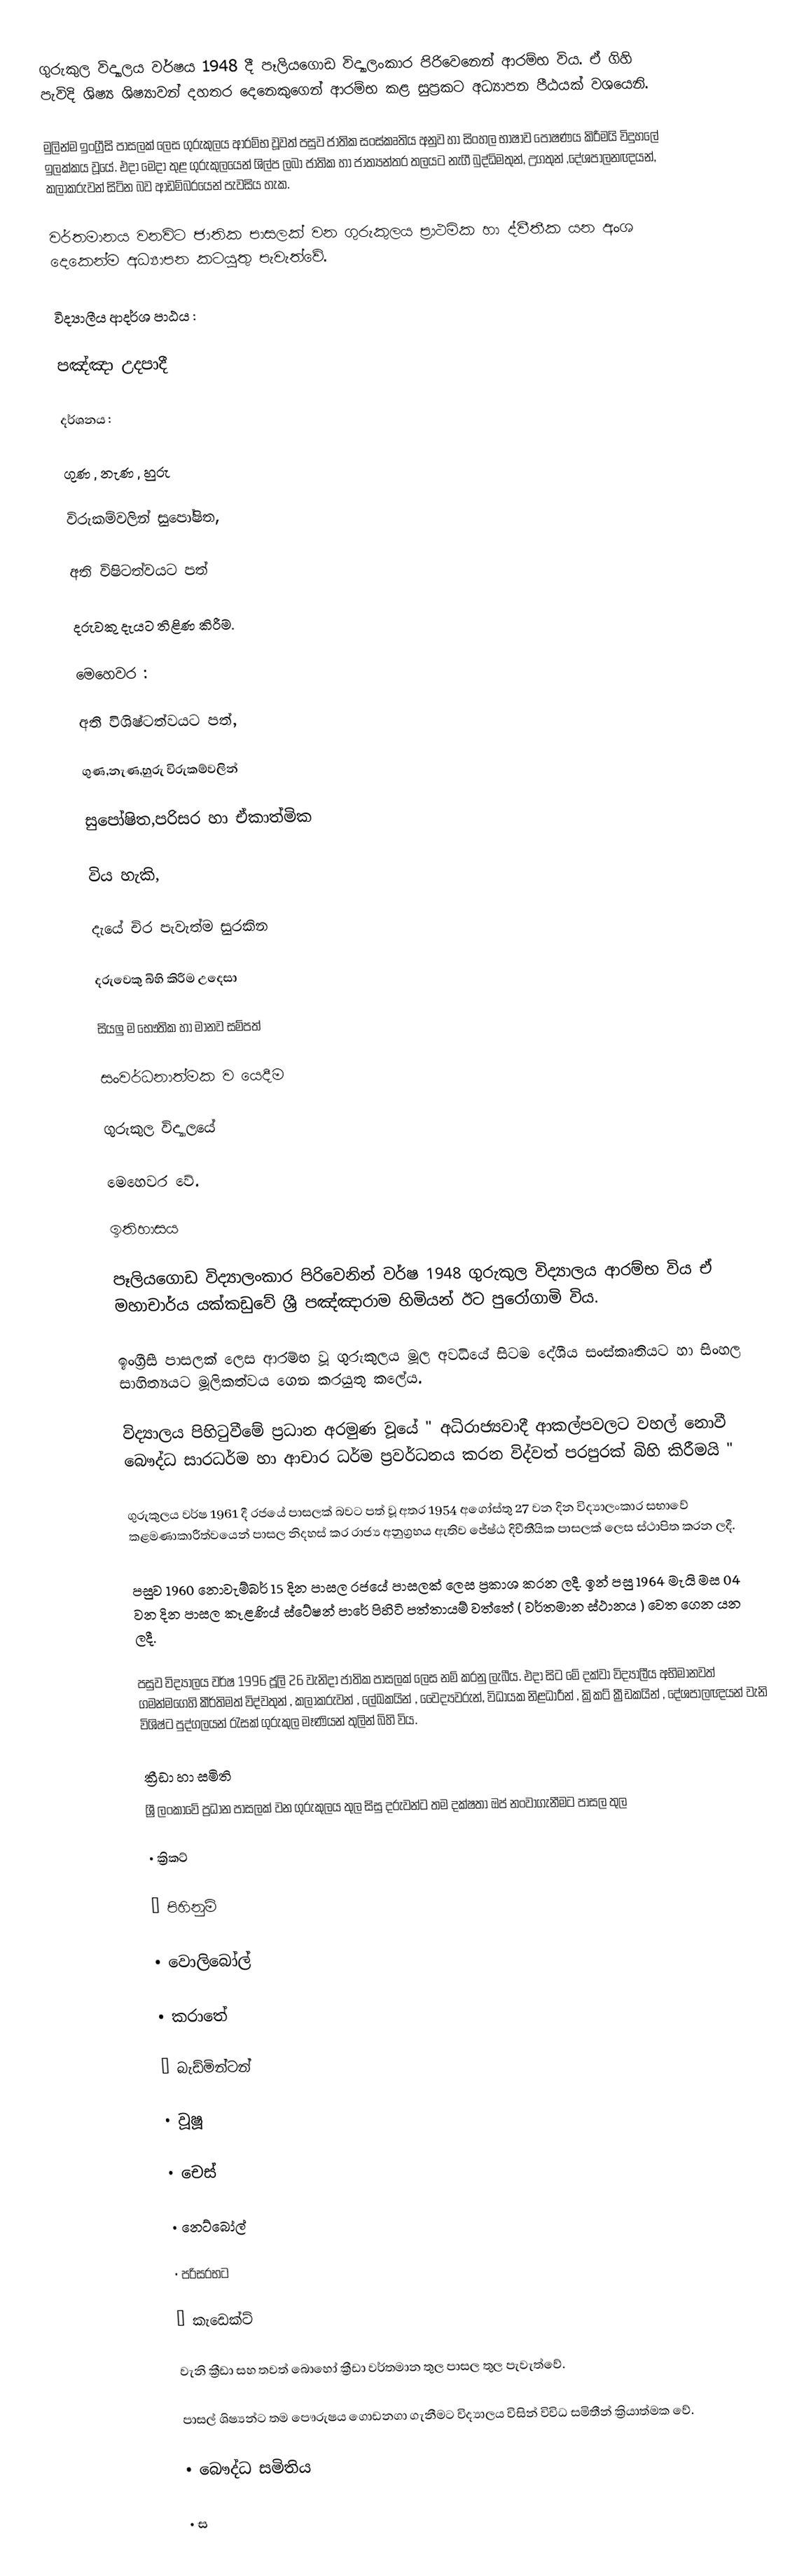
ගුරුකුල විද්‍යාලය වර්ෂය  1948 දී පෑලියගොඩ විද්‍යාලංකාර පිරිවෙනෙන් ආරම්භ විය. ඒ ගිහි පැවිදි ශිෂ්‍ය ශිෂ්‍යාවන් දහතර දෙනෙකුගෙන් ආරම්භ  කළ සුප්‍රකට අධ්‍යාපන පීඨයක් වශයෙනි.

මුලින්ම ඉංග්‍රීසි පාසලක් ලෙස ගුරුකුලය ආරම්භ වූවත් පසුව ජාතික සංස්කෘතිය අනුව හා සිංහල භාෂාව පෝෂණය කිරීමයි විදුහලේ ඉලක්කය වූයේ. එදා මෙදා තුළ ගුරුකුලයෙන් ශිල්ප ලබා ජාතික හා ජාත්‍යන්තර  තලයට නැගී බුද්ධිමතුන්, උගතුන් ,දේශපාලනඥයන්, කලාකරුවන් සිටින බව ආඩම්බරයෙන් පැවසිය හැක.

වර්තමානය වනවිට ජාතික පාසලක් වන ගුරුකුලය ප්‍රාථමික හා ද්වීතීක යන අංශ දෙකෙන්ම අධ්‍යාපන කටයුතු පැවැත්වේ.

 විද්‍යාලීය ආදර්ශ පාඨය :

පඤ්ඤා උදපාදී

 දර්ශනය :

ගුණ , නැණ , හුරු

විරුකම්වලින් සුපෝෂිත,

අති විෂිටත්වයට පත්

දරුවකු දැයට තිළිණ කිරීම.

 මෙහෙවර :

අති විශිෂ්ටත්වයට පත්,

ගුණ,නැණ,හුරු විරුකම්වලින්

සුපෝෂිත,පරිසර හා ඒකාත්මික

විය හැකි,

දැයේ චිර පැවැත්ම සුරකින

දරුවෙකු බිහි කිරීම උදෙසා

සියලු ම භෞතික හා මානව සම්පත්

සංවර්ධනාත්මක ව යෙදීම

ගුරුකුල විද්‍යාලයේ

මෙහෙවර වේ.

ඉතිහාසය

පෑලියගොඩ විද්‍යාලංකාර පිරිවෙනින් වර්ෂ 1948 ගුරුකුල විද්‍යාලය ආරම්භ විය ඒ මහාචාර්ය යක්කඩුවේ ශ්‍රී පඤ්ඤාරාම හිමියන් ඊට පුරෝගාමි විය.

ඉංග්‍රීසී පාසලක් ලෙස ආරම්භ වූ ගුරුකුලය මූල අවධියේ සිටම දේශීය සංස්කෘතියට හා සිංහල සාහිත්‍යයට මූලිකත්වය ගෙන කරයුතු කලේය.

විද්‍යාලය පිහිටුවීමේ ප්‍රධාන අරමුණ වූයේ " අධිරාජ්‍යවාදී ආකල්පවලට වහල් නොවී බෞද්ධ  සාරධර්ම හා ආචාර ධර්ම ප්‍රවර්ධනය කරන විද්වත් පරපුරක් බිහි කිරීමයි "

ගුරුකුලය වර්ෂ 1961 දී රජයේ පාසලක් බවට පත් වූ අතර 1954 අගෝස්තු 27 වන දින විද්‍යාලංකාර සභාවේ කළමණාකාරීත්වයෙන් පාසල නිදහස් කර රාජ්‍ය අනුග්‍රහය ඇතිව ජේෂ්ඨ දිවීතීයික පාසලක් ලෙස ස්ථාපිත කරන ලදී.

පසුව 1960 නොවැම්බර් 15 දින පාසල රජයේ පාසලක් ලෙස ප්‍රකාශ කරන ලදී. ඉන් පසු 1964 මැයි මස 04 වන දින පාසල කෑළණිය් ස්ටේෂන් පාරේ පිහිටි පත්තායම් වත්තේ ( වර්තමාන ස්ථානය ) වෙත ගෙන යන ලදී.

පසුව විද්‍යාලය වර්ෂ 1996 ජූලි 26 වැනිදා ජාතික පාසලක් ලෙස නම් කරනු ලැබීය. එදා සිට මේ දක්වා විද්‍යාලීය අභිමානවත් ගමන්මගෙහි කීර්තිමත් විද්වතුන් , කලාකරුවන් , ලේඛකයින් , වෛද්‍යවරුන්, විධායක නිළධාරීන් , ක්‍රිකට් ක්‍රීඩකයින් , දේශපාලඥයන් වැනි විශිෂ්ට පුද්ගලයන් රැසක් ගුරුකුල මෑණියන් තුලින් බිහි විය.

ක්‍රීඩා හා සමිති
ශ්‍රී ලංකාවේ ප්‍රධාන පාසලක් වන  ගුරුකුලය තුල සිසු දරුවන්ට තම දක්ෂතා ඔප් නංවාගැනීමට පාසල තුල

•  ක්‍රිකට්

•  පිහිනුම්

•  වොලිබෝල්

•  කරාතේ

•  බැඩ්මින්ටන්

•  වූෂූ

•  චෙස්

•  නෙට්බෝල්

•  පරිසරභට

•  කැඩෙක්ට්

වැනි ක්‍රීඩා සහ තවත් බොහෝ ක්‍රීඩා වර්තමාන තුල පාසල තුල පැවැත්වේ.

පාසල් ශිෂ්‍යන්ට තම පෞරුෂය ගොඩනගා ගැනීමට විද්‍යාලය විසින් විවිධ සමිතීන් ක්‍රියාත්මක වේ.

• බෞද්ධ සමිතිය

• ස